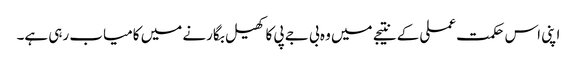
اپنی اس حکمت عملی کے نتیجے میں وہ بی جے پی کا کھیل بگارنے میں کامیاب رہی ہے۔